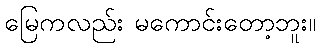
မြေကလည်း မကောင်းတော့ဘူး။